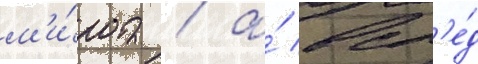
м'и́ра / а́ всл'е́д